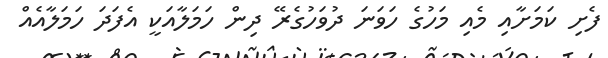
ފެށި ކަމަށާއި މެއި މަހުގެ ހަވަނަ ދުވަހުގެރޭ ދިން ހަމަލާއަކީ އެފަދަ ހަމަލާއެއް